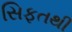
સિફતથી